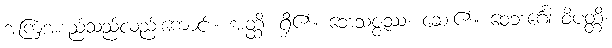
အကြံအစည်သည်လည်းကောင်း။ အတ္ထိ၊ ရှိ၏။ ဘေသဇ္ဇဿ၊ ဆေး၏။ ဝေဘင်္ဂေါ ဝိပတ္တိ၊